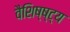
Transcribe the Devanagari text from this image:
वैशिष्ष्ट्य